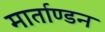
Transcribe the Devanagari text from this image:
मार्ताण्डन